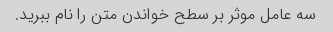
سه عامل موثر بر سطح خواندن متن را نام ببرید.